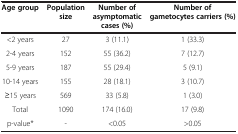
| Age group | Population | Number of | Number of |
 |  | size | asymptomatic | gametocytes carriers (%) |
 |  |  | cases (%) |  |
 | --- | --- | --- | --- |
 | <2 years | 27 | 3 (11.1) | 1 (33.3) |
 | 2-4 years | 152 | 55 (36.2) | 7 (12.7) |
 | 5-9 years | 187 | 55 (29.4) | 5 (9.1) |
 | 10-14 years | 155 | 28 (18.1) | 3 (10.7) |
 | ≥15 years | 569 | 33 (5.8) | 1 (3.0) |
 | Total | 1090 | 174 (16.0) | 17 (9.8) |
 | p-value* | - | <0.05 | >0.05 |